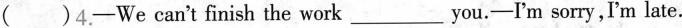
( )4.-We can't finish the work___ you.-I'm sorry,I'm late.